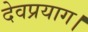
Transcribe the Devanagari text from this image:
देवप्रयाग।